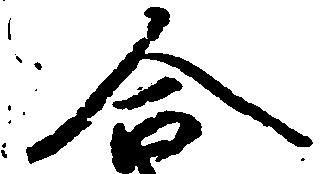
合